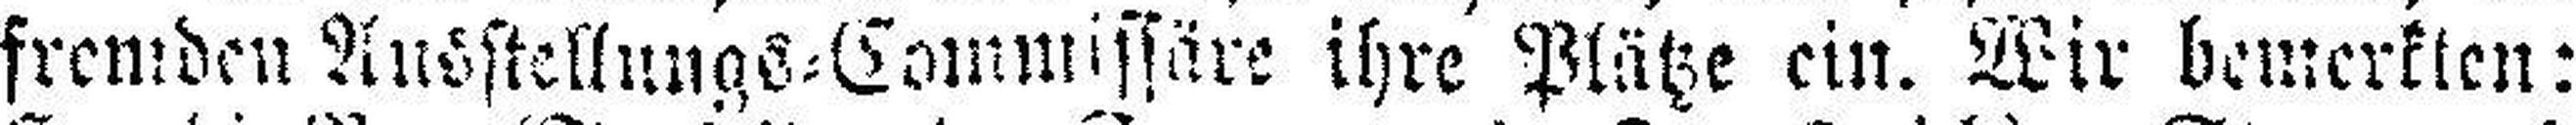
fremden Ausstellungs=Commissäre ihre Plätze ein. Wir bemerkten: